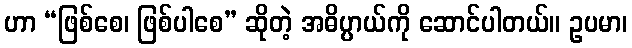
ဟာ “ဖြစ်စေ၊ ဖြစ်ပါစေ” ဆိုတဲ့ အဓိပ္ပာယ်ကို ဆောင်ပါတယ်။ ဥပမာ၊